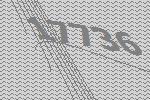
17736